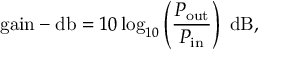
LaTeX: { \mathrm { g a i n - d b } } = 1 0 \log _ { 1 0 } \left( { \frac { P _ { \mathrm { o u t } } } { P _ { \mathrm { i n } } } } \right) ~ { \mathrm { d B } } ,